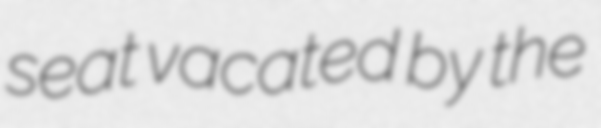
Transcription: seat vacated by the